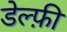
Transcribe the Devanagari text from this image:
डेल्फ़ी